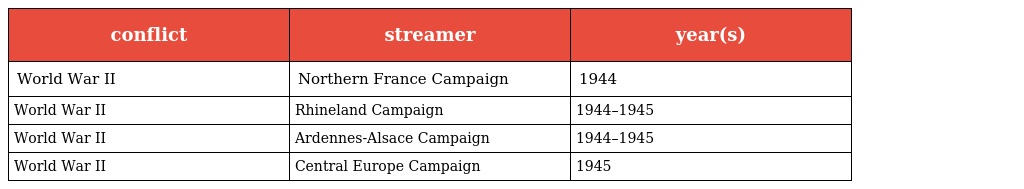
| conflict | streamer | year(s) |
 | --- | --- | --- |
 | World War II | Northern France Campaign | 1944 |
 | World War II | Rhineland Campaign | 1944–1945 |
 | World War II | Ardennes-Alsace Campaign | 1944–1945 |
 | World War II | Central Europe Campaign | 1945 |